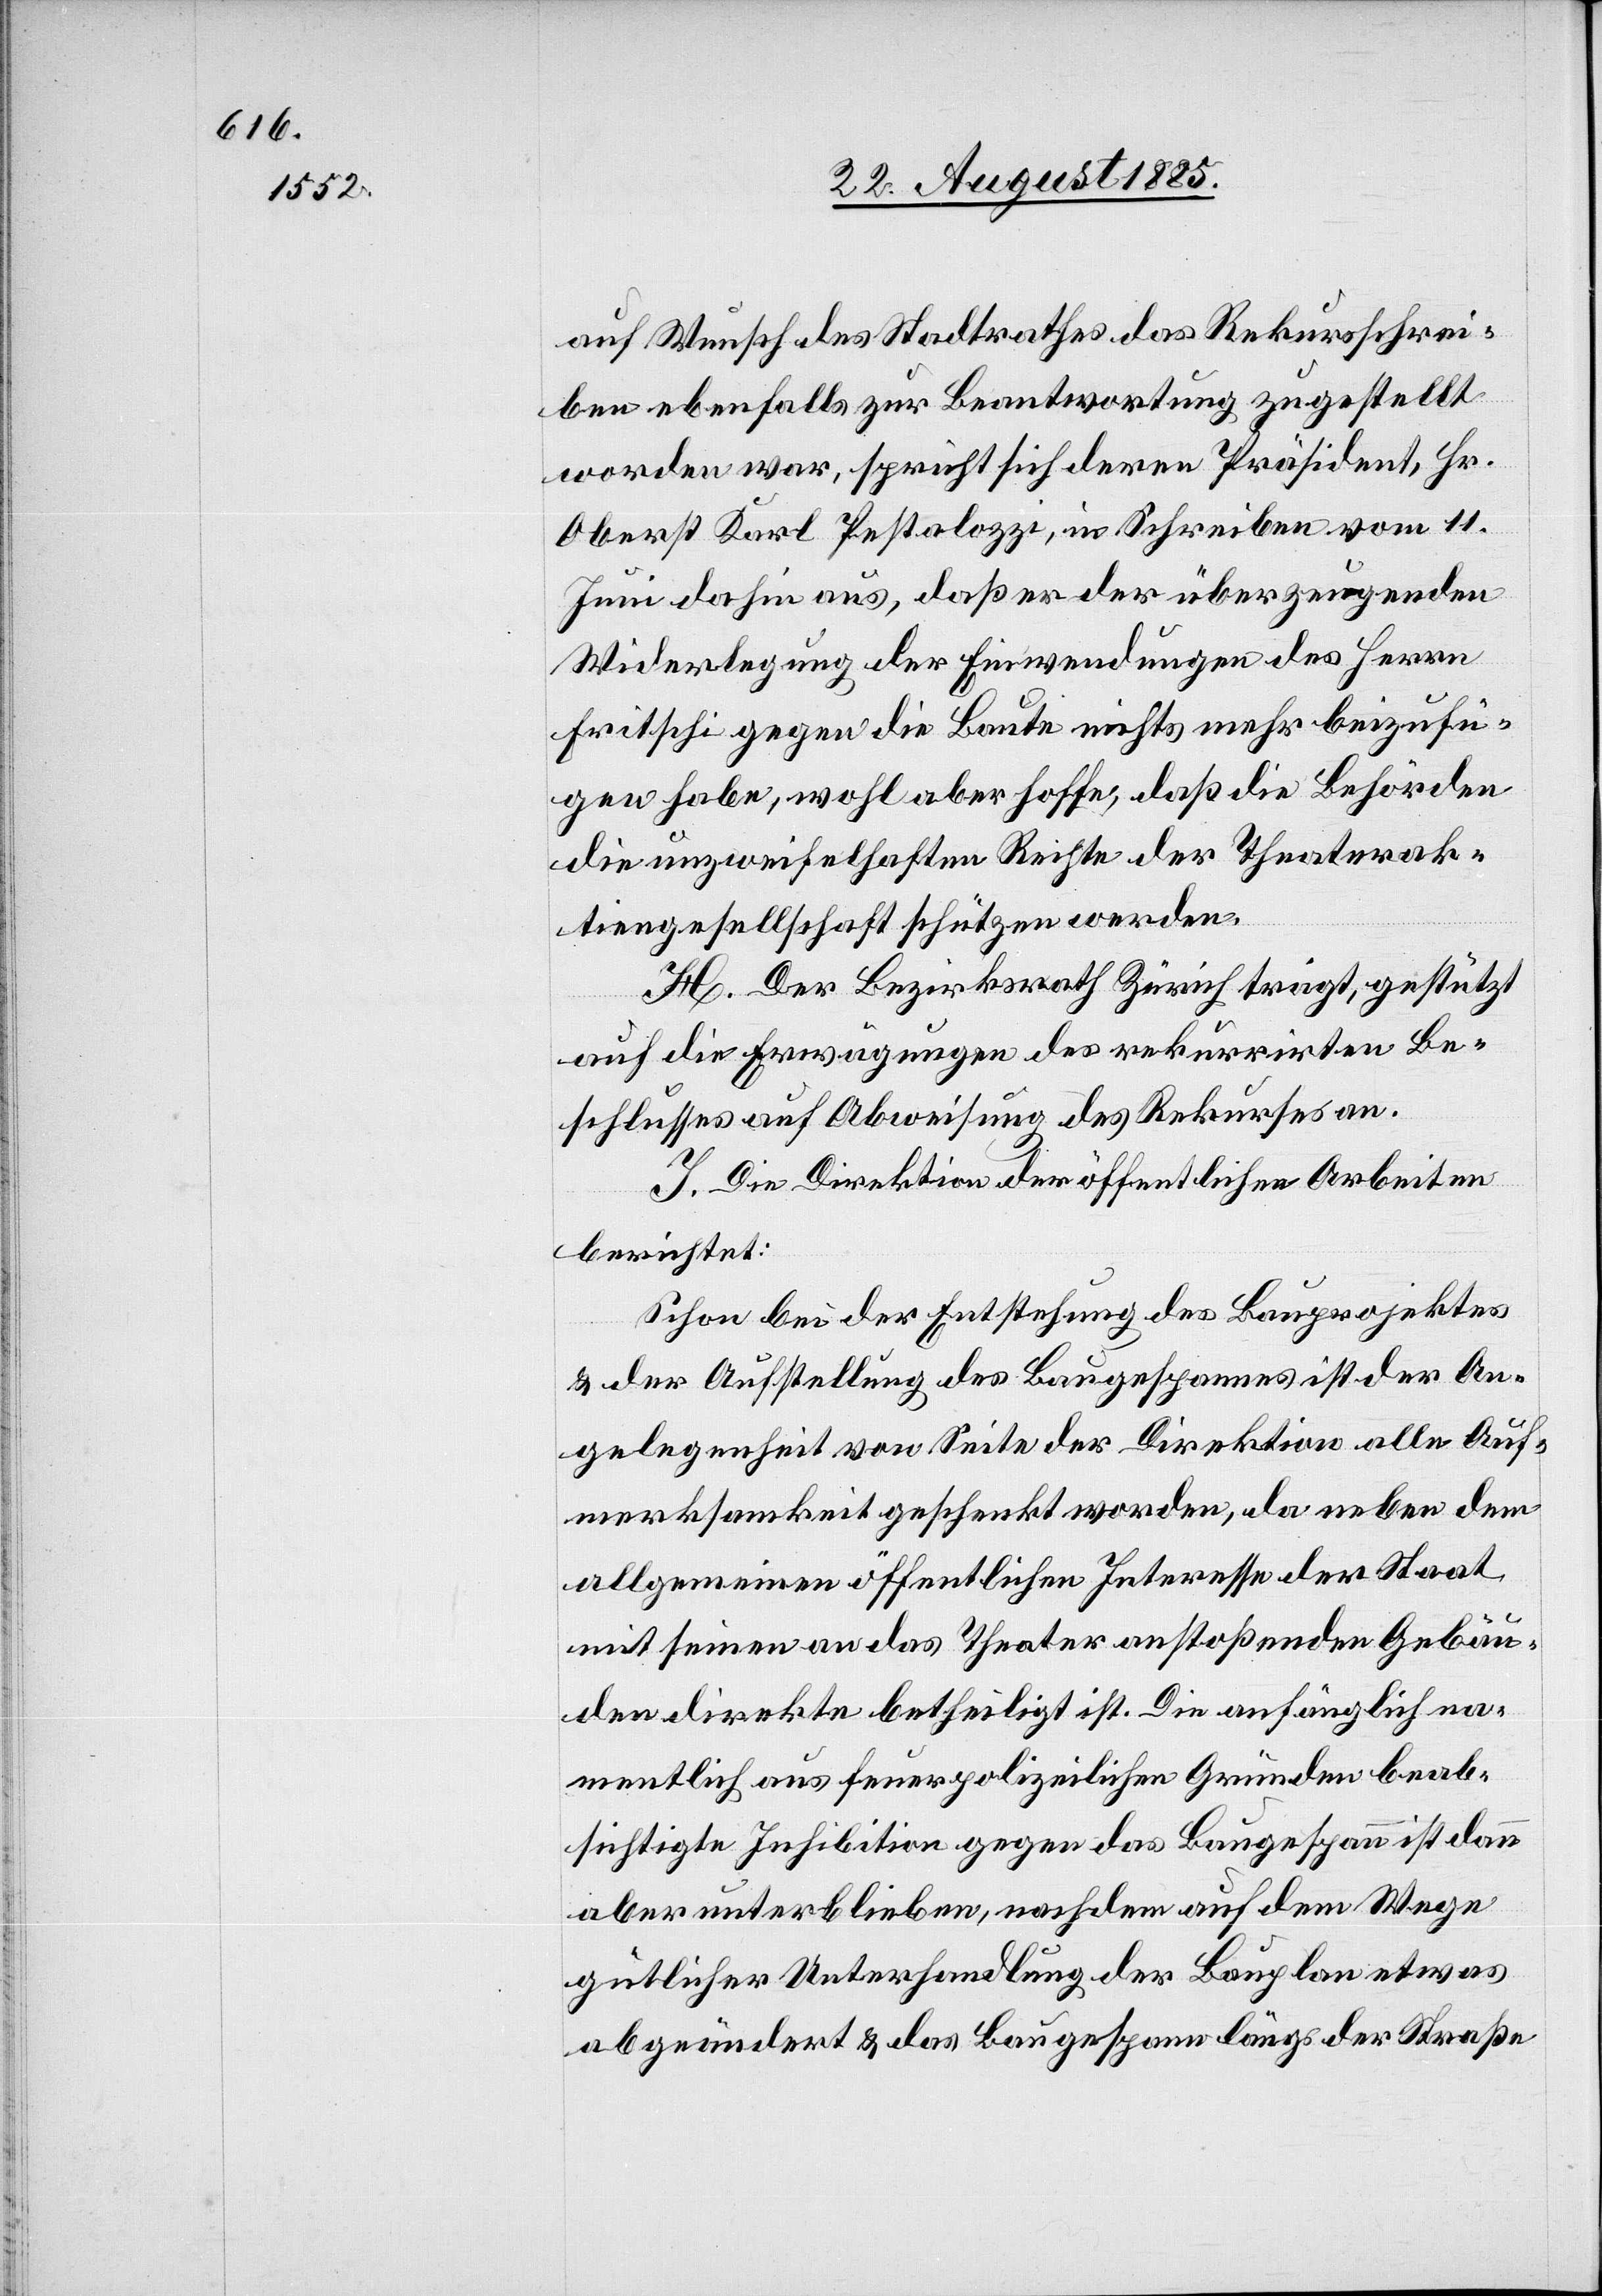
auf Wunsch des Stadtrathes das Rekursschrei¬
ben ebenfalls zur Beantwortung zugestellt
worden war, spricht sich deren Präsident, Hr.
Oberst Karl Pestalozzi, in Schreiben vom 11.
Juni dahin aus, daß er der überzeugenden
Widerlegung der Einwendungen des Herrn
Fritschi gegen die Baute nichts mehr beizufü¬
gen habe, wohl aber hoffe, daß die Behörden
die unzweifelhaften Rechte der Theaterak¬
tiengesellschaft schützen werden.
H. Der Bezirksrath Zürich trägt, gestützt
auf die Erwägungen des rekurrirten Be¬
schlusses auf Abweisung des Rekurses an.
J. Die Direktion der öffentlichen Arbeiten
berichtet:
Schon bei der Entstehung des Bauprojektes
& der Aufstellung des Baugespannes ist der An¬
gelegenheit von Seite der Direktion alle Auf¬
merksamkeit geschenkt worden, da neben dem
allgemeinen öffentlichen Interesse der Staat
mit seinen an das Theater anstoßenden Gebäu¬
den direkte betheiligt ist. Die anfänglich na¬
mentlich aus feuerpolizeilichen Gründen beab¬
sichtigte Inhibition gegen das Baugespann ist dann
aber unterblieben, nachdem auf dem Wege
gütlicher Unterhandlung der Bauplan etwas
abgeändert & das Baugespann längs der Straße